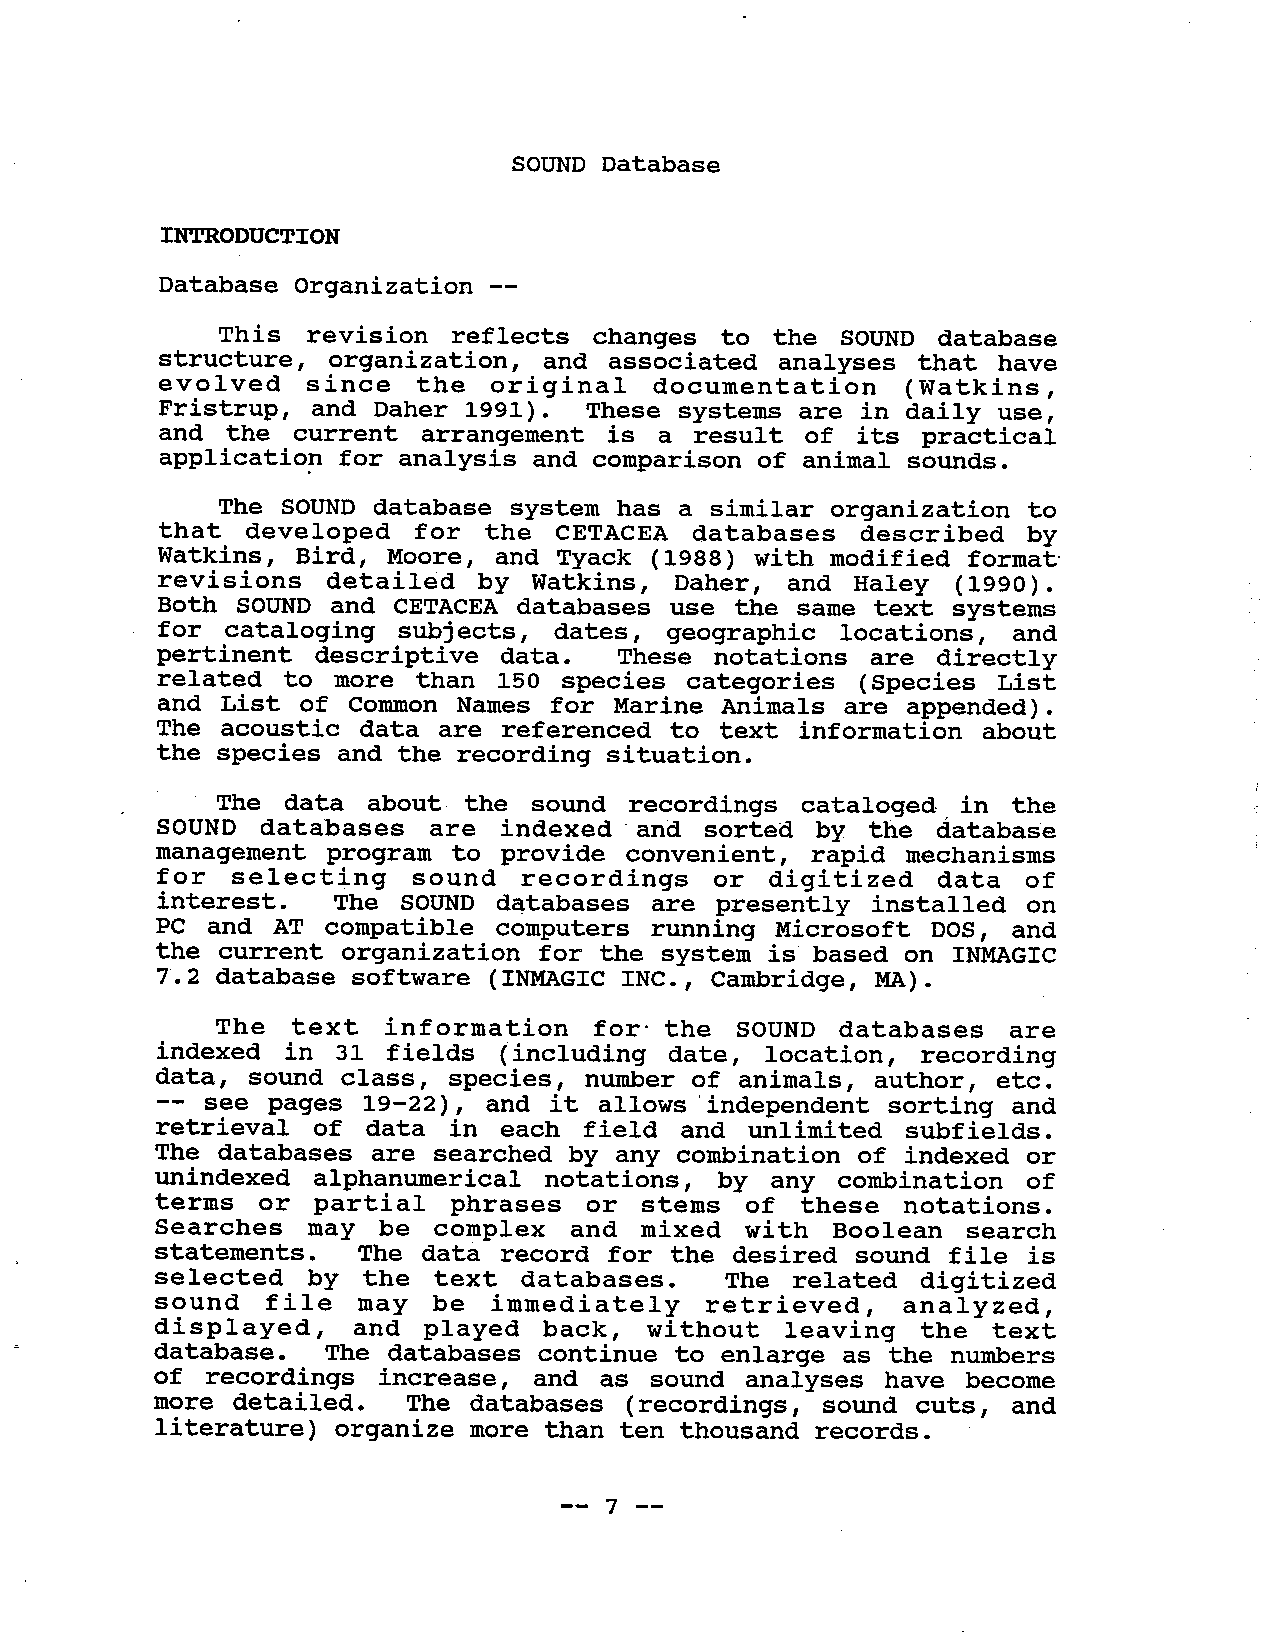
SOUND Database
 INTODUCTION
 Database Organization
 This  revision reflects  changes  to the SOUND database
 structure, organization, and associated  analyses that have
 evolved  since  the  original   documentation   (Watkins,
 Fristrup, and Daher 1991). These systems are in  daily use,
 and the current  arrangement is a  result of its practical
 applicatio? for analysis and comparison of animal sounds.
 The  SOUND database system has a similar organization to
 that developed  for  the CETACEA  databases   described  by
 Watkins, Bird, Moore, and Tyack  (1988) with modified format.
 revisions  detailed  by Watkins,  Daher, and  Haley (1990).
 Both  SOUND and CETACEA databases use the  same text systems
 for cataloging  subj ects , dates, geographic locations, and
 pertinent  descriptive  data. These  notations are directly
 related  to more than 150  species categories (Species  List
 and  List of Common Names for Marine Animals are appended).
 The  acoustic data are referenced to text  information about
 the species and the recording situation.
 The  data about  the sound  recordings cataloged  in the
 SOUND  databases  are indexed'  and sorted  by the database
 management  program to provide convenient, rapid  mechanisms
 for  selecting   sound  recordings   or digitized   data  of
 interest.  The SOUND  databases are  presently installed  on
 PC and  AT compatible computers  running Microsoft  DOS, and
 the current  organization for the system is  based on INMGIC
 7.2 database software (INMGIC  INC., Cambridge, MA).
 The  text  information  for'  the SOUND  databases  are
 indexed  in 31 fields (including  date, location,  recording
 data, sound  class, species, numer  of animals, author, etc.
 -- see pages  19-22), and it allows' independent sorting and
 retrieval  of data in  each field and unlimited  subfields.
 The databases are searched  by any combination of indexed or
 unindexed  alphanumerical notations,  by any combination  of
 terms  or partial  phrases  or  stems of  these notations.
 Searches  may  be complex   and mixed  with Boolean  search
 statements.  The data record  for the desired sound  file is
 selected   by the text databases.    The  related digitized
 sound  file  may  be  immediately   retrieved,   analyzed,
 displayed,   and played  back,  without   leaving  the text
 database.  The databases continue to enlarge as  the numbers
 of recordings  increase, and  as sound analyses have  become
 more detailed.  The databases  (recordings, sound  cuts, and
 li terature) organize more than ten thousand records.
 -- 7 --